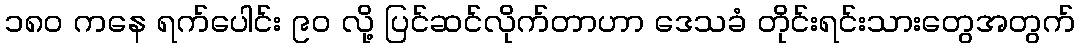
၁၈၀ ကနေ ရက်ပေါင်း ၉၀ လို့ ပြင်ဆင်လိုက်တာဟာ ဒေသခံ တိုင်းရင်းသားတွေအတွက်